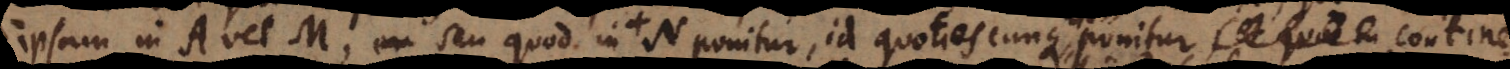
ipsam in A vel M, seu quod in + N ponitur, id quotiescunque ponitur, continetur